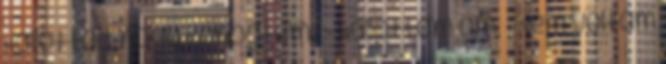
Hallottad, hogy köhögtem? - Hallottam ám. - Nem voltam